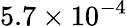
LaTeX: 5.7\times 10^{-4}